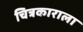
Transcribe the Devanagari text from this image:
चित्रकाराला